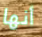
أنها